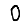
Digit: 0